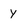
Character: y